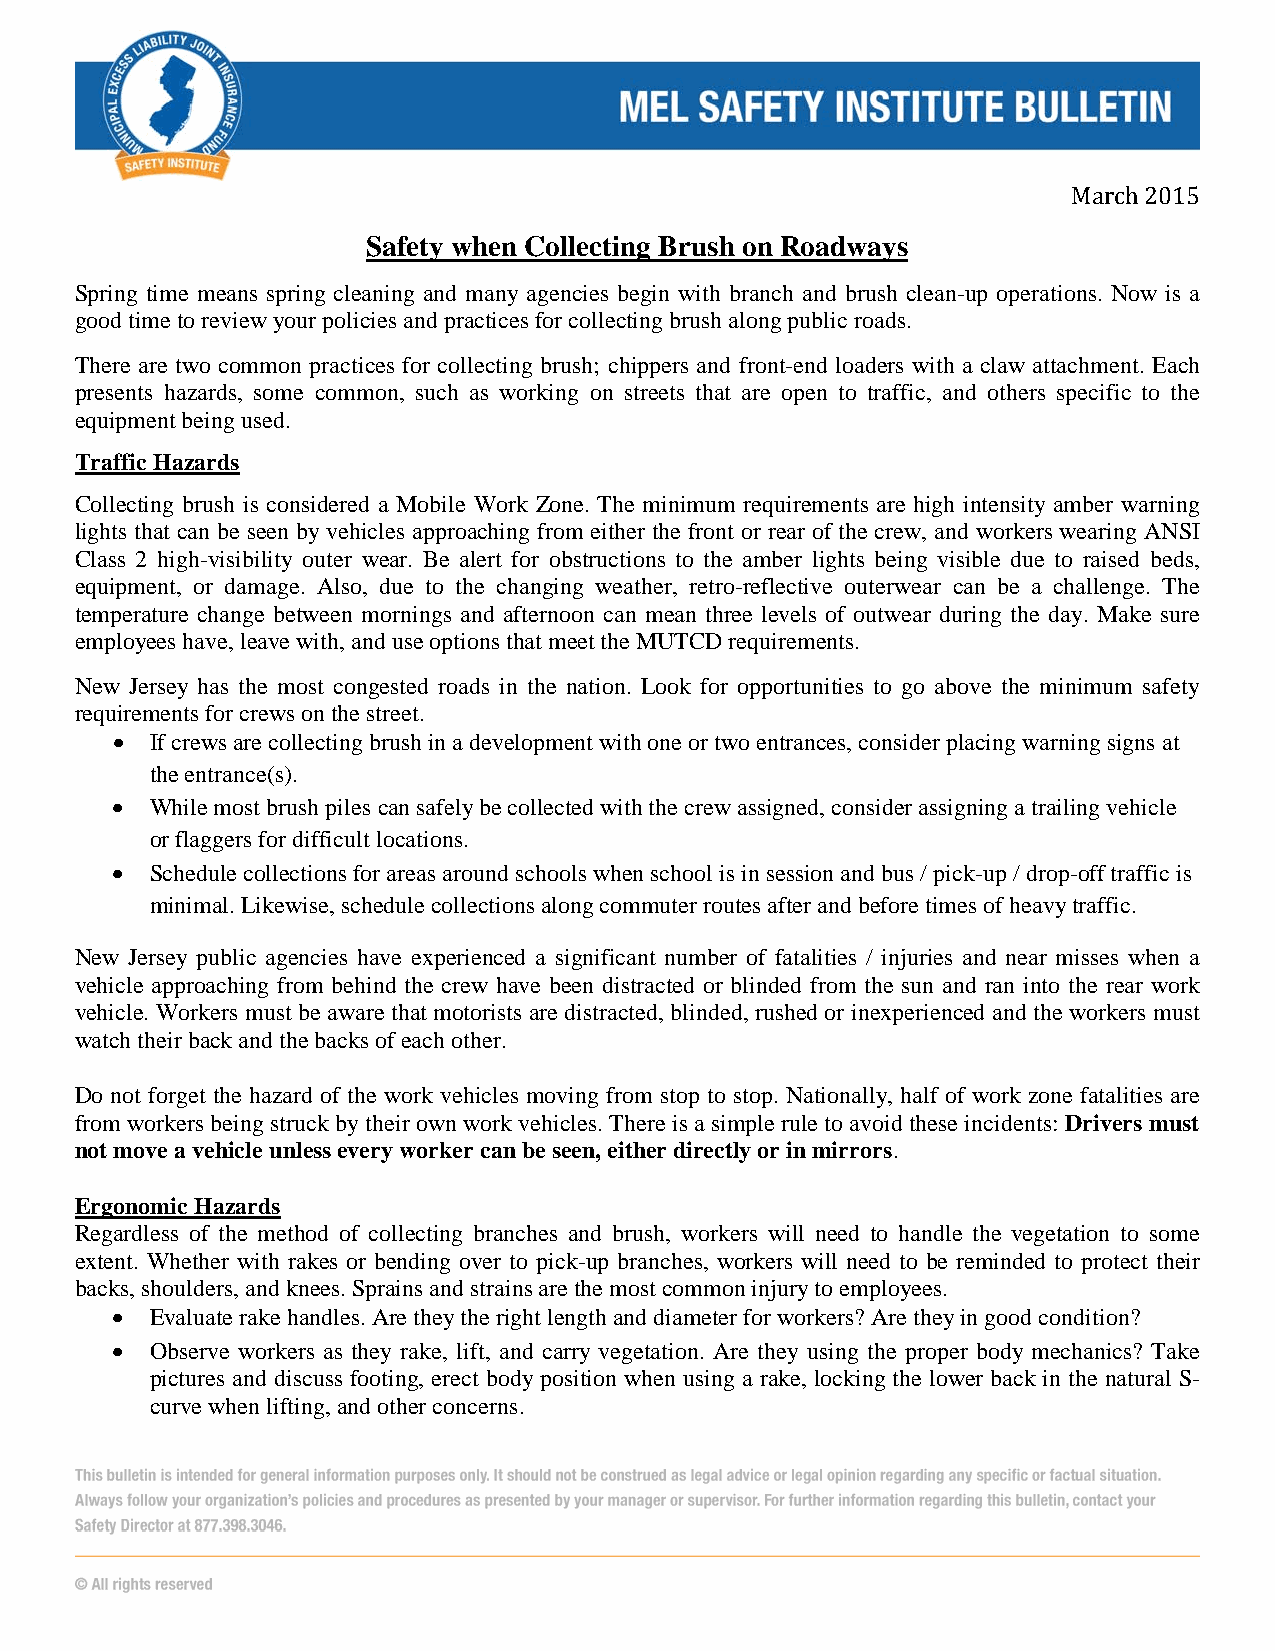
Safety when Collecting Brush on Roadways       March 2015
 Spring time means spring cleaning and many agencies begin with branch and brush clean-up operations. Now is a
 good time to review your policies and practices for collecting brush along public roads.
 There are two common practices for collecting brush; chippers and front-end loaders with a claw attachment. Each
 presents hazards, some common, such as working on streets that are open to traffic, and others specific to the
 equipment being used.
 Traffic Hazards
 Collecting brush is considered a Mobile Work Zone. The minimum requirements are high intensity amber warning
 lights that can be seen by vehicles approaching from either the front or rear of the crew, and workers wearing ANSI
 Class 2 high-visibility outer wear. Be alert for obstructions to the amber lights being visible due to raised beds,
 equipment, or damage. Also, due to the changing weather, retro-reflective outerwear can be a challenge. The
 temperature change between mornings and afternoon can mean three levels of outwear during the day. Make sure
 employees have, leave with, and use options that meet the MUTCD requirements.
 New Jersey has the most congested roads in the nation. Look for opportunities to go above the minimum safety
 requirements for crews on the street.
 •  If crews are collecting brush in a development with one or two entrances, consider placing warning signs at
 the entrance(s).
 •  While most brush piles can safely be collected with the crew assigned, consider assigning a trailing vehicle
 or flaggers for difficult locations.
 •  Schedule collections for areas around schools when school is in session and bus / pick-up / drop-off traffic is
 minimal. Likewise, schedule collections along commuter routes after and before times of heavy traffic.
 New Jersey public agencies have experienced a significant number of fatalities / injuries and near misses when a
 vehicle approaching from behind the crew have been distracted or blinded from the sun and ran into the rear work
 vehicle. Workers must be aware that motorists are distracted, blinded, rushed or inexperienced and the workers must
 watch their back and the backs of each other.
 Do not forget the hazard of the work vehicles moving from stop to stop. Nationally, half of work zone fatalities are
 from workers being struck by their own work vehicles. There is a simple rule to avoid these incidents: Drivers must
 not move a vehicle unless every worker can be seen, either directly or in mirrors.
 Ergonomic Hazards
 Regardless of the method of collecting branches and brush, workers will need to handle the vegetation to some
 extent. Whether with rakes or bending over to pick-up branches, workers will need to be reminded to protect their
 backs, shoulders, and knees. Sprains and strains are the most common injury to employees.
 •  Evaluate rake handles. Are they the right length and diameter for workers? Are they in good condition?
 •  Observe workers as they rake, lift, and carry vegetation. Are they using the proper body mechanics? Take
 pictures and discuss footing, erect body position when using a rake, locking the lower back in the natural S-
 curve when lifting, and other concerns.